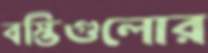
বস্তিগুলোর